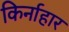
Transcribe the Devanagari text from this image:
किर्नाहार